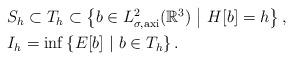
LaTeX: \begin{align*}\begin{aligned}&S_h\subset T_h\subset \left\{b\in L^{2}_{\sigma,\textrm{axi}}(\mathbb{R}^{3})\ \middle|\ H[b]=h \right\},\\&I_h=\inf\left\{E[b]\ \middle|\ b\in T_h \right\}.\end{aligned}\end{align*}